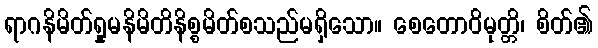
ရာဂနိမိတ်ရှုမနိမိတိနိစ္စမိတ်စသည်မရှိသော။ စေတောဝိမုတ္တိ၊ စိတ်၏